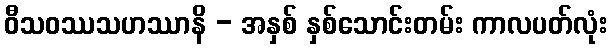
ဝီသဝဿသဟဿာနိ - အနှစ် နှစ်သောင်းတမ်း ကာလပတ်လုံး